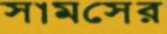
সামসের